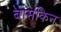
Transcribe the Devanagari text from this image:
बामकिन